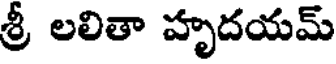
శ్రీ లలితా హృదయమ్